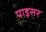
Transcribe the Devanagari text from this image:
पाइसर